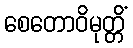
စေတောဝိမုတ္တိံ